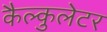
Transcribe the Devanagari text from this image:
कैल्कुलेटर